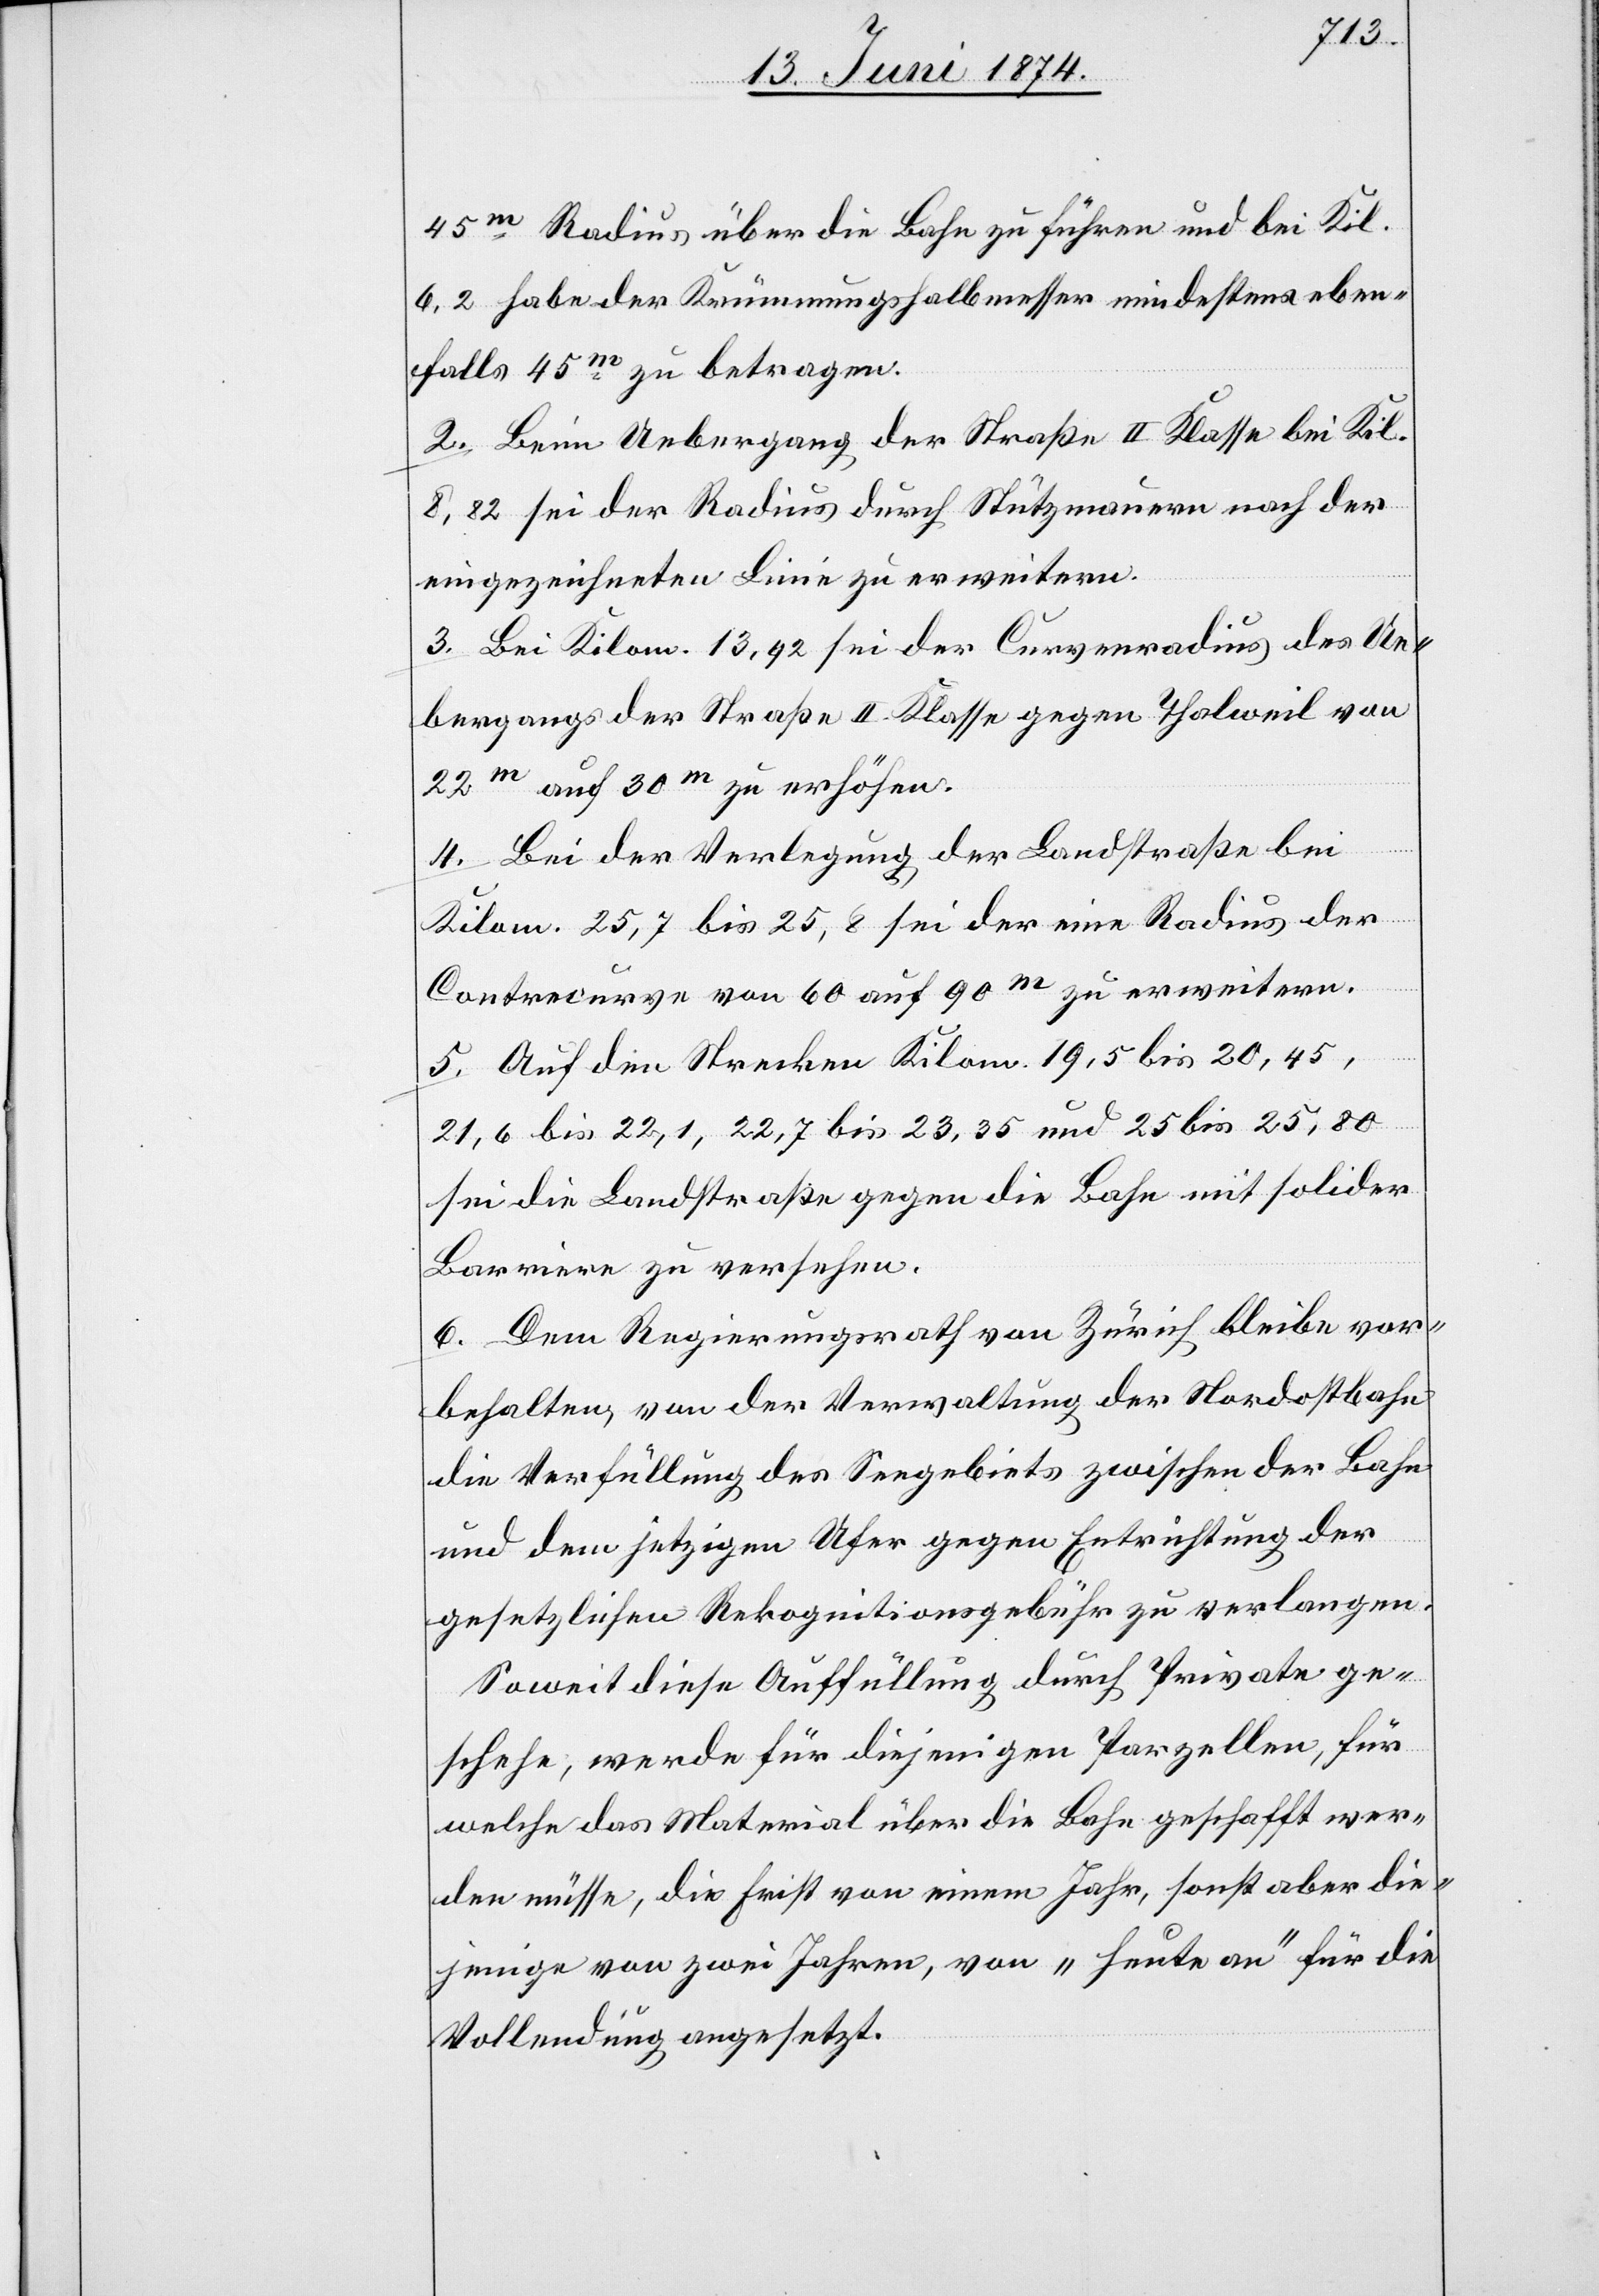
45m Radius über die Bahn zu führen und bei Ki¬
l. 6,2 habe der Krümmungshalbmesser mindestens eben¬
falls 45m zu betragen.
2. Beim Uebergang der Straße II. Klasse bei Kil.
8,82 sei der Radius durch Stützmauern nach der
eingezeichneten Linie zu erweitern.
3. Bei Kilom. 13,92 sei der Curvenradius des Ue¬
bergangs der Straße II. Klasse gegen Thalweil von
22m auf 30m zu erhöhen.
4. Bei der Verlegung der Landstraße bei
Kilom. 25,7 bis 25,8 sei der eine Radius der
Contracurve von 60 auf 90m zu erweitern.
5. Auf den Strecken Kilom. 19,5 bis 20,45,
21,6 bis 22,1, 22,7 bis 23,35 und 25 bis 25,80
sei die Landstraße gegen die Bahn mit solider
Barriere zu versehen.
6. Dem Regierungsrath von Zürich bleibe vor¬
behalten, von der Verwaltung der Nordostbahn
die Verfüllung des Seegebiets zwischen der Bahn
und dem jetzigen Ufer gegen Entrichtung der
gesetzlichen Rekognitionsgebühr zu verlangen.
Soweit diese Auffüllung durch Private ge¬
schehe, werde für diejenigen Parzellen, für
welche das Material über die Bahn geschafft wer¬
den müsse, die Frist von einem Jahr, sonst aber die¬
jenige von zwei Jahren, von „heute an“ für die
Vollendung angesetzt.